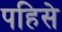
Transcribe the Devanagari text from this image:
पहिसे